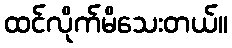
ထင်လိုက်မိသေးတယ်။